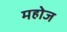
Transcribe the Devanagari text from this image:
महोज